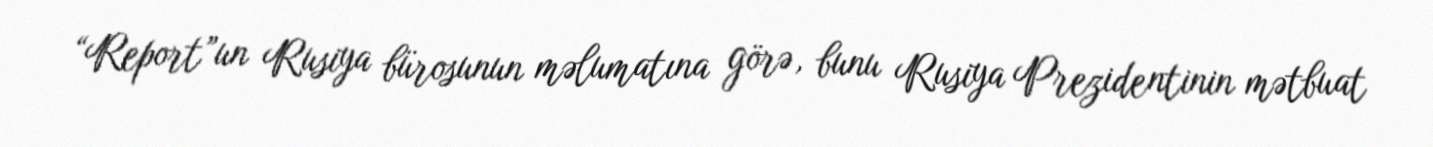
“Report”un Rusiya bürosunun məlumatına görə, bunu Rusiya Prezidentinin mətbuat